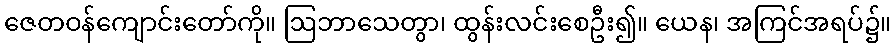
ဇေတဝန်ကျောင်းတော်ကို။ ဩဘာသေတွာ၊ ထွန်းလင်းစေဦး၍။ ယေန၊ အကြင်အရပ်၌။